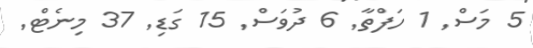
5 މަސް